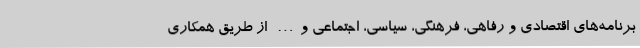
برنامه‌های اقتصادی و رفاهی، فرهنگی، سیاسی، اجتماعی و… از طریق همکاری